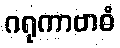
ဂရုကာဗာဓံ